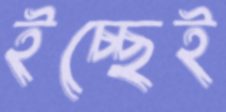
ইচ্ছেই